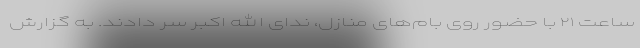
ساعت ۲۱ با حضور روی بام‌های منازل، ندای الله اکبر سر دادند. به گزارش